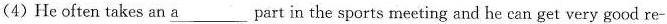
(4)He often takes an a___part in the sports meeting and he can get very good re-